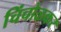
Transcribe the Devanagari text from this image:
चिंचोळकर